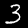
Digit: 3